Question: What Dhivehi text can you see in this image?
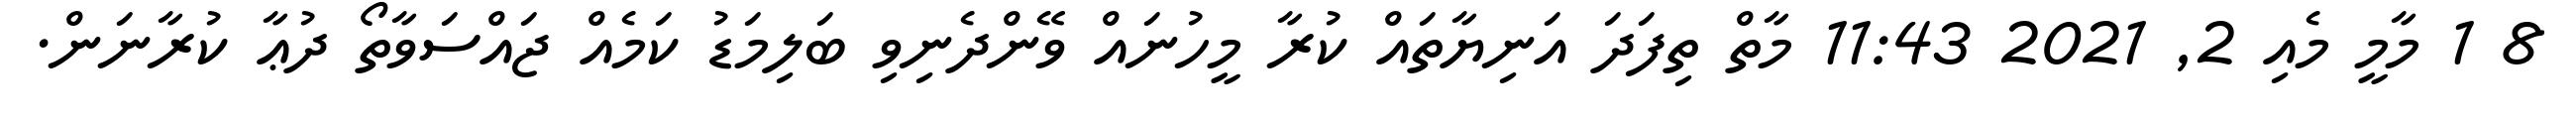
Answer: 8 1 މާމީ މެއި 2, 2021 11:43 މާތް ތިފަދަ އަނިޔާތައް ކުރާ މީހުނައް ވޭންދެނިވި ބަލިމަޑު ކަމެއް ޖައްސަވާތޯ ދުޢާ ކުރާނަން.